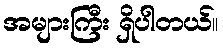
အများကြီး ရှိပါတယ်။